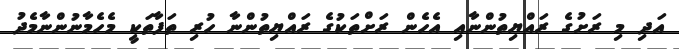
އަދި މި ރަށުގެ ރައްޔިތުންނާއި އެހެން ރަށްތަކުގެ ރައްޔިތުންނާ ހުރި ތަފާތަކީ މެހެމާނުންނާމެދު